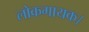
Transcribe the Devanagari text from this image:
लोकगायक।